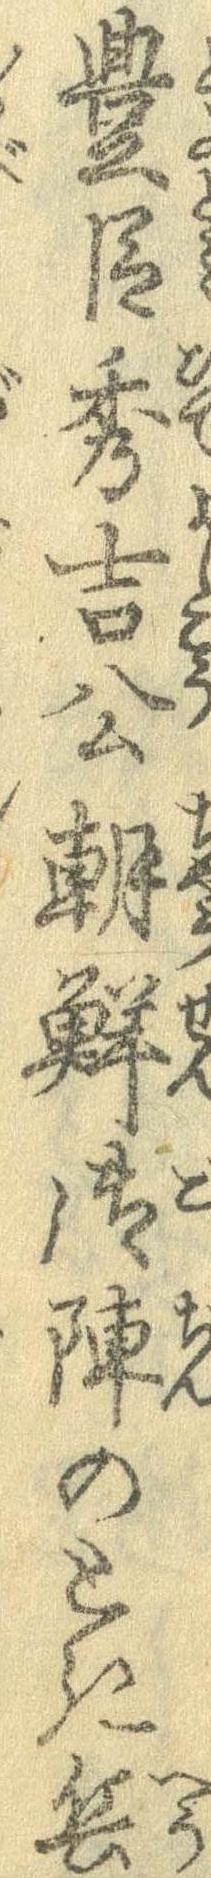
豊臣秀吉公朝鮮御陣のとき兵